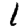
Digit: 1